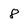
Character: 8